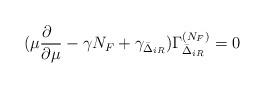
LaTeX: \begin{align*}(\mu\frac{\partial\phantom a}{\partial \mu} -\gamma N_F + \gamma_{\bar\Delta_{iR}} ) \Gamma_{\bar \Delta_{iR}}^{(N_F)}=0\end{align*}